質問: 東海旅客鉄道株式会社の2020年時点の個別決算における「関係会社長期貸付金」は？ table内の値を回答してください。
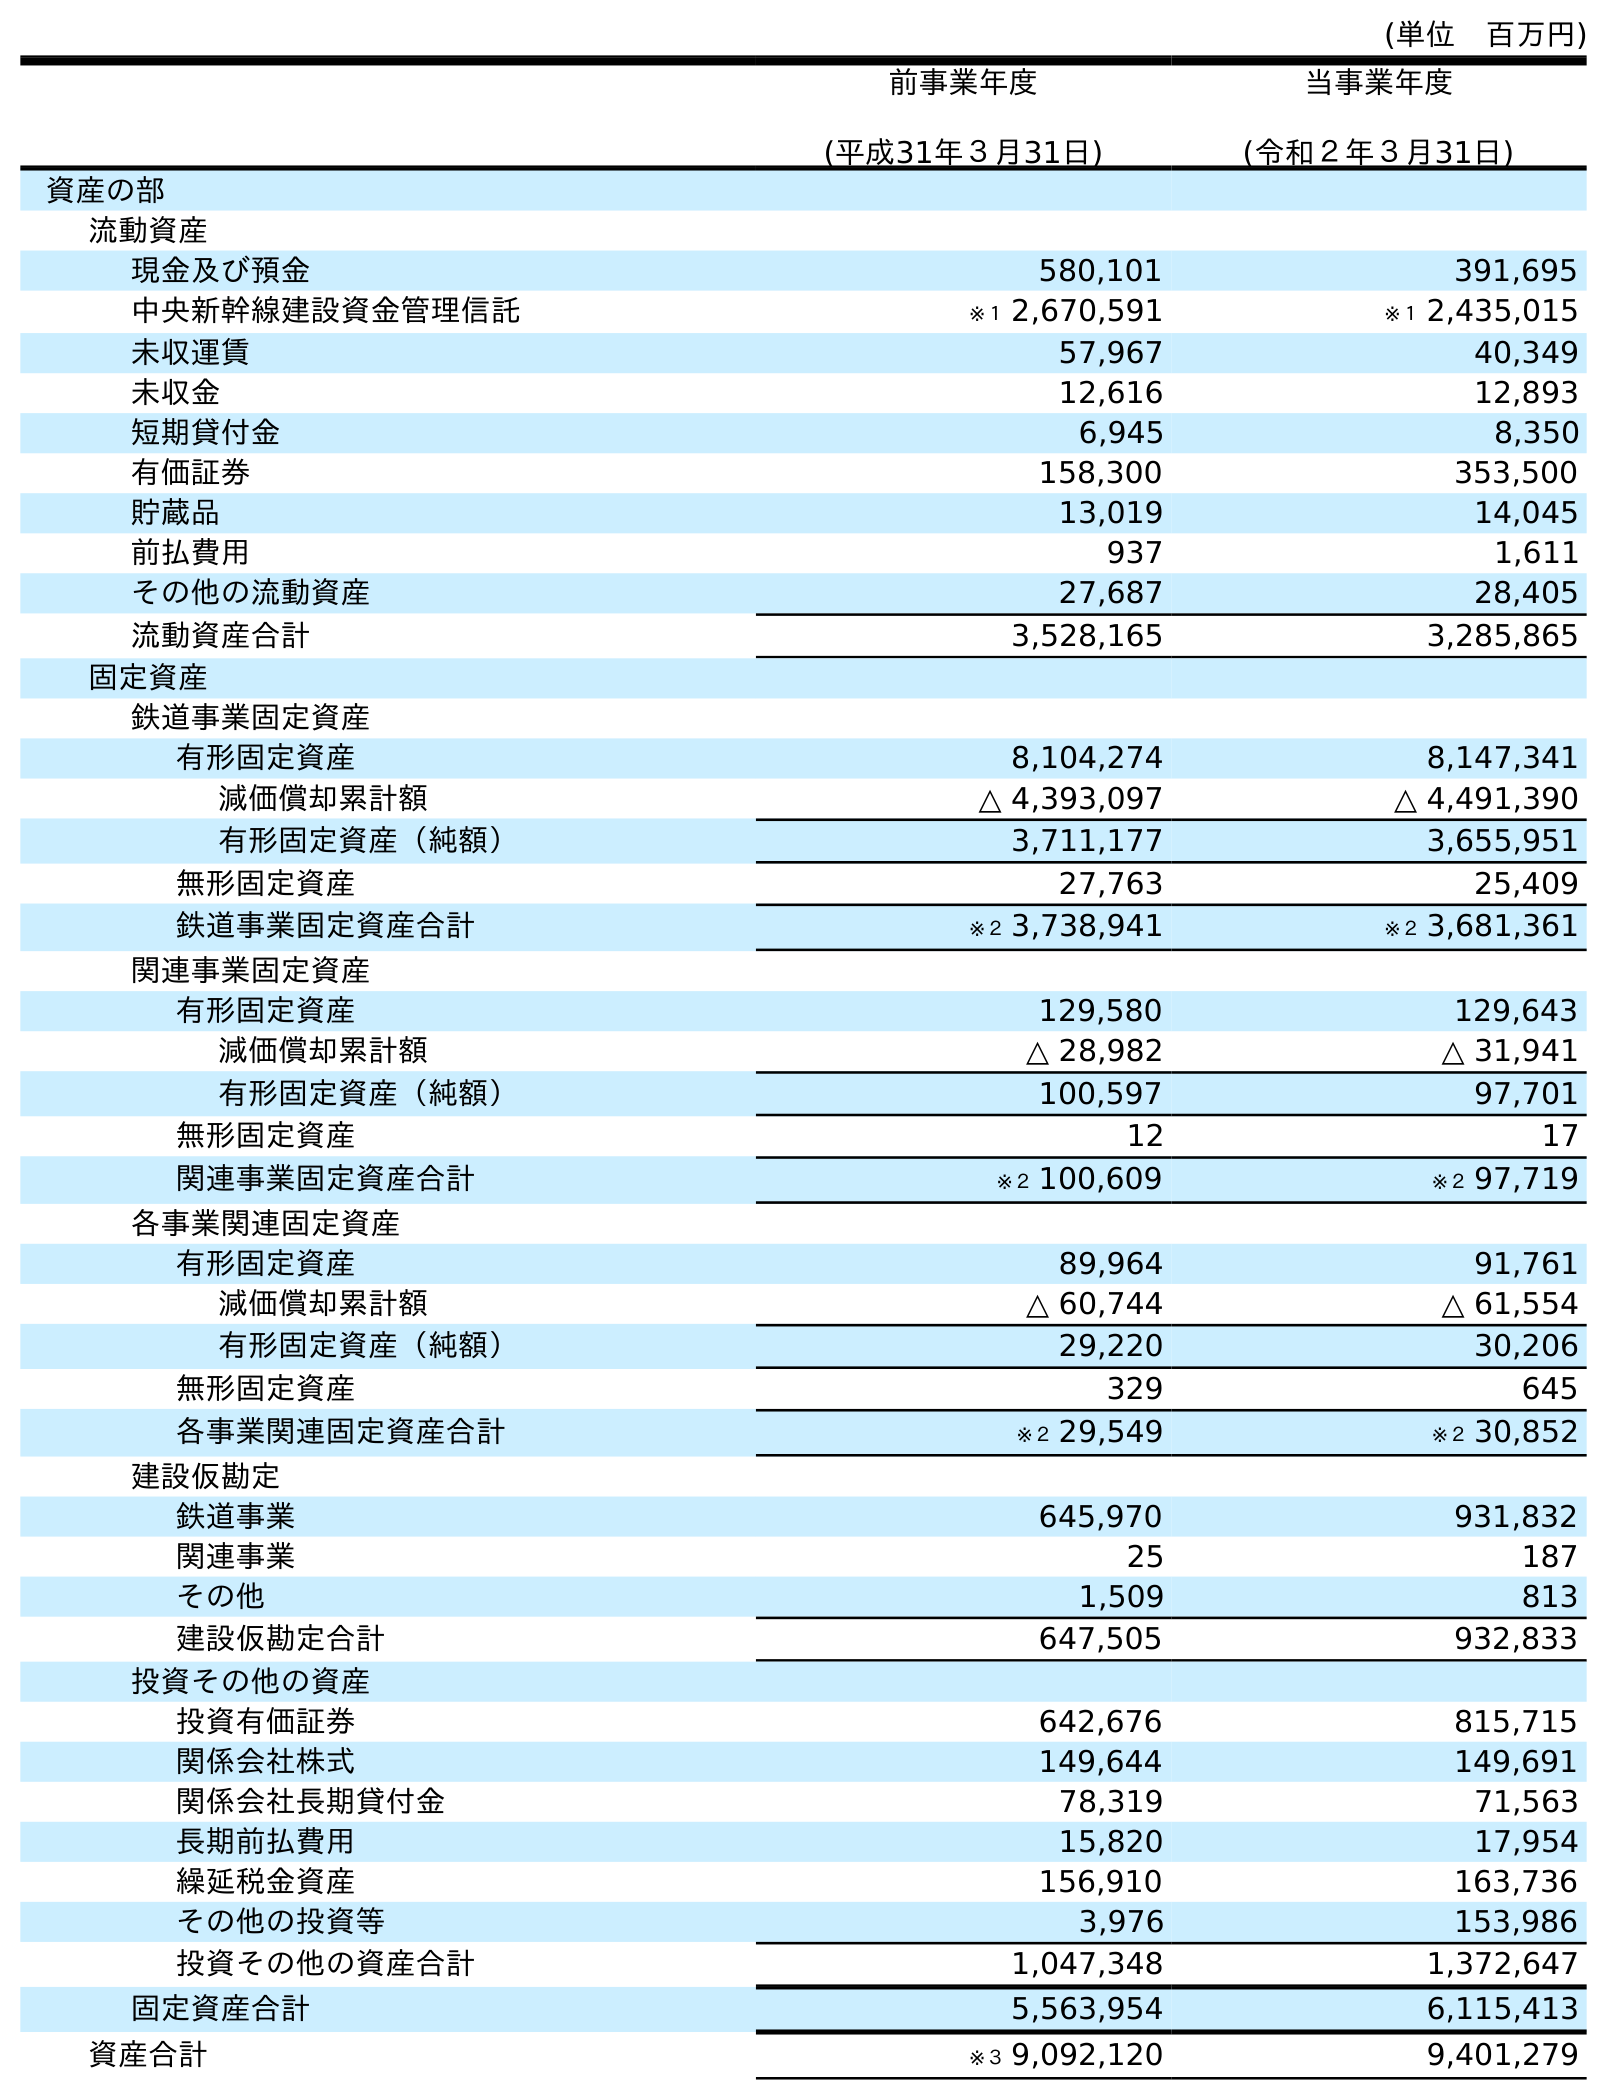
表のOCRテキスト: (単位 百万円) 前事業年度 (平成31年３月31日) 当事業年度 (令和２年３月31日) 資産の部 流動資産 現金及び預金 580,101 391,695 中央新幹線建設資金管理信託 ※１ 2,670,591 ※１ 2,435,015 未収運賃 57,967 40,349 未収金 12,616 12,893 短期貸付金 6,945 8,350 有価証券 158,300 353,500 貯蔵品 13,019 14,045 前払費用 937 1,611 その他の流動資産 27,687 28,405 流動資産合計 3,528,165 3,285,865 固定資産 鉄道事業固定資産 有形固定資産 8,104,274 8,147,341 減価償却累計額 △ 4,393,097 △ 4,491,390 有形固定資産（純額） 3,711,177 3,655,951 無形固定資産 27,763 25,409 鉄道事業固定資産合計 ※２ 3,738,941 ※２ 3,681,361 関連事業固定資産 有形固定資産 129,580 129,643 減価償却累計額 △ 28,982 △ 31,941 有形固定資産（純額） 100,597 97,701 無形固定資産 12 17 関連事業固定資産合計 ※２ 100,609 ※２ 97,719 各事業関連固定資産 有形固定資産 89,964 91,761 減価償却累計額 △ 60,744 △ 61,554 有形固定資産（純額） 29,220 30,206 無形固定資産 329 645 各事業関連固定資産合計 ※２ 29,549 ※２ 30,852 建設仮勘定 鉄道事業 645,970 931,832 関連事業 25 187 その他 1,509 813 建設仮勘定合計 647,505 932,833 投資その他の資産 投資有価証券 642,676 815,715 関係会社株式 149,644 149,691 関係会社長期貸付金 78,319 71,563 長期前払費用 15,820 17,954 繰延税金資産 156,910 163,736 その他の投資等 3,976 153,986 投資その他の資産合計 1,047,348 1,372,647 固定資産合計 5,563,954 6,115,413 資産合計 ※３ 9,092,120 9,401,279
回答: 71,563